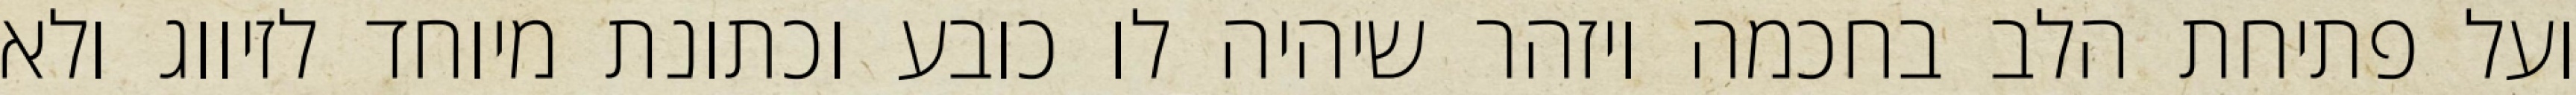
ועל פתיחת הלב בחכמה ויזהר שיהיה לו כובע וכתונת מיוחד לזיווג ולא